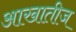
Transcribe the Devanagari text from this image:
आखातीज